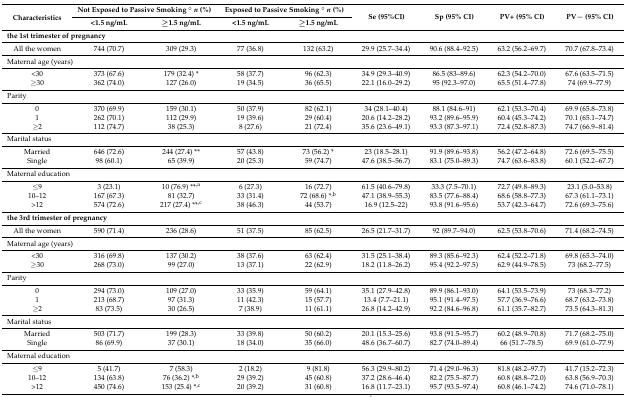
<table><thead><tr><td rowspan="2"><b>Characteristics</b></td><td colspan="2"><b>Not Exposed to Passive Smoking ° <i>n</i> (%)</b></td><td colspan="2"><b>Exposed to Passive Smoking ° <i>n</i> (%)</b></td><td rowspan="2"><b>Se (95%CI)</b></td><td rowspan="2"><b>Sp (95% CI)</b></td><td rowspan="2"><b>PV+ (95% CI)</b></td><td rowspan="2"><b>PV− (95% CI)</b></td></tr><tr><td><b>&lt;1.5 ng/mL</b></td><td><b>≥1.5 ng/mL</b></td><td><b>&lt;1.5 ng/mL</b></td><td><b>≥1.5 ng/mL</b></td></tr></thead><tbody><tr><td colspan="9"><b>the 1st trimester of pregnancy</b></td></tr><tr><td>All the women</td><td>744 (70.7)</td><td>309 (29.3)</td><td>77 (36.8)</td><td>132 (63.2)</td><td>29.9 (25.7–34.4)</td><td>90.6 (88.4–92.5)</td><td>63.2 (56.2–69.7)</td><td>70.7 (67.8–73.4)</td></tr><tr><td colspan="9">Maternal age (years)</td></tr><tr><td>&lt;30</td><td>373 (67.6)</td><td>179 (32.4) *</td><td>58 (37.7)</td><td>96 (62.3)</td><td>34.9 (29.3–40.9)</td><td>86.5 (83–89.6)</td><td>62.3 (54.2–70.0)</td><td>67.6 (63.5–71.5)</td></tr><tr><td>≥30</td><td>362 (74.0)</td><td>127 (26.0)</td><td>19 (34.5)</td><td>36 (65.5)</td><td>22.1 (16.0–29.2)</td><td>95 (92.3–97.0)</td><td>65.5 (51.4–77.8)</td><td>74 (69.9–77.9)</td></tr><tr><td colspan="9">Parity</td></tr><tr><td>0</td><td>370 (69.9)</td><td>159 (30.1)</td><td>50 (37.9)</td><td>82 (62.1)</td><td>34 (28.1–40.4)</td><td>88.1 (84.6–91)</td><td>62.1 (53.3–70.4)</td><td>69.9 (65.8–73.8)</td></tr><tr><td>1</td><td>262 (70.1)</td><td>112 (29.9)</td><td>19 (39.6)</td><td>29 (60.4)</td><td>20.6 (14.2–28.2)</td><td>93.2 (89.6–95.9)</td><td>60.4 (45.3–74.2)</td><td>70.1 (65.1–74.7)</td></tr><tr><td>≥2</td><td>112 (74.7)</td><td>38 (25.3)</td><td>8 (27.6)</td><td>21 (72.4)</td><td>35.6 (23.6–49.1)</td><td>93.3 (87.3–97.1)</td><td>72.4 (52.8–87.3)</td><td>74.7 (66.9–81.4)</td></tr><tr><td colspan="9">Marital status</td></tr><tr><td>Married</td><td>646 (72.6)</td><td>244 (27.4) **</td><td>57 (43.8)</td><td>73 (56.2) *</td><td>23 (18.5–28.1)</td><td>91.9 (89.6–93.8)</td><td>56.2 (47.2–64.8)</td><td>72.6 (69.5–75.5)</td></tr><tr><td>Single</td><td>98 (60.1)</td><td>65 (39.9)</td><td>20 (25.3)</td><td>59 (74.7)</td><td>47.6 (38.5–56.7)</td><td>83.1 (75.0–89.3)</td><td>74.7 (63.6–83.8)</td><td>60.1 (52.2–67.7)</td></tr><tr><td colspan="9">Maternal education</td></tr><tr><td>≤9</td><td>3 (23.1)</td><td>10 (76.9) **<sup>,a</sup></td><td>6 (27.3)</td><td>16 (72.7)</td><td>61.5 (40.6–79.8)</td><td>33.3 (7.5–70.1)</td><td>72.7 (49.8–89.3)</td><td>23.1 (5.0–53.8)</td></tr><tr><td>10–12</td><td>167 (67.3)</td><td>81 (32.7)</td><td>33 (31.4)</td><td>72 (68.6) *<sup>,b</sup></td><td>47.1 (38.9–55.3)</td><td>83.5 (77.6–88.4)</td><td>68.6 (58.8–77.3)</td><td>67.3 (61.1–73.1)</td></tr><tr><td>&gt;12</td><td>574 (72.6)</td><td>217 (27.4) **<sup>,c</sup></td><td>38 (46.3)</td><td>44 (53.7)</td><td>16.9 (12.5–22)</td><td>93.8 (91.6–95.6)</td><td>53.7 (42.3–64.7)</td><td>72.6 (69.3–75.6)</td></tr><tr><td colspan="9"><b>the 3rd trimester of pregnancy</b></td></tr><tr><td>All the women</td><td>590 (71.4)</td><td>236 (28.6)</td><td>51 (37.5)</td><td>85 (62.5)</td><td>26.5 (21.7–31.7)</td><td>92 (89.7–94.0)</td><td>62.5 (53.8–70.6)</td><td>71.4 (68.2–74.5)</td></tr><tr><td colspan="9">Maternal age (years)</td></tr><tr><td>&lt;30</td><td>316 (69.8)</td><td>137 (30.2)</td><td>38 (37.6)</td><td>63 (62.4)</td><td>31.5 (25.1–38.4)</td><td>89.3 (85.6–92.3)</td><td>62.4 (52.2–71.8)</td><td>69.8 (65.3–74.0)</td></tr><tr><td>≥30</td><td>268 (73.0)</td><td>99 (27.0)</td><td>13 (37.1)</td><td>22 (62.9)</td><td>18.2 (11.8–26.2)</td><td>95.4 (92.2–97.5)</td><td>62.9 (44.9–78.5)</td><td>73 (68.2–77.5)</td></tr><tr><td colspan="9">Parity</td></tr><tr><td>0</td><td>294 (73.0)</td><td>109 (27.0)</td><td>33 (35.9)</td><td>59 (64.1)</td><td>35.1 (27.9–42.8)</td><td>89.9 (86.1–93.0)</td><td>64.1 (53.5–73.9)</td><td>73 (68.3–77.2)</td></tr><tr><td>1</td><td>213 (68.7)</td><td>97 (31.3)</td><td>11 (42.3)</td><td>15 (57.7)</td><td>13.4 (7.7–21.1)</td><td>95.1 (91.4–97.5)</td><td>57.7 (36.9–76.6)</td><td>68.7 (63.2–73.8)</td></tr><tr><td>≥2</td><td>83 (73.5)</td><td>30 (26.5)</td><td>7 (38.9)</td><td>11 (61.1)</td><td>26.8 (14.2–42.9)</td><td>92.2 (84.6–96.8)</td><td>61.1 (35.7–82.7)</td><td>73.5 (64.3–81.3)</td></tr><tr><td colspan="9">Marital status</td></tr><tr><td>Married</td><td>503 (71.7)</td><td>199 (28.3)</td><td>33 (39.8)</td><td>50 (60.2)</td><td>20.1 (15.3–25.6)</td><td>93.8 (91.5–95.7)</td><td>60.2 (48.9–70.8)</td><td>71.7 (68.2–75.0)</td></tr><tr><td>Single</td><td>86 (69.9)</td><td>37 (30.1)</td><td>18 (34.0)</td><td>35 (66.0)</td><td>48.6 (36.7–60.7)</td><td>82.7 (74.0–89.4)</td><td>66 (51.7–78.5)</td><td>69.9 (61.0–77.9)</td></tr><tr><td colspan="9">Maternal education</td></tr><tr><td>≤9</td><td>5 (41.7)</td><td>7 (58.3)</td><td>2 (18.2)</td><td>9 (81.8)</td><td>56.3 (29.9–80.2)</td><td>71.4 (29.0–96.3)</td><td>81.8 (48.2–97.7)</td><td>41.7 (15.2–72.3)</td></tr><tr><td>10–12</td><td>134 (63.8)</td><td>76 (36.2) *<sup>,b</sup></td><td>29 (39.2)</td><td>45 (60.8)</td><td>37.2 (28.6–46.4)</td><td>82.2 (75.5–87.7)</td><td>60.8 (48.8–72.0)</td><td>63.8 (56.9–70.3)</td></tr><tr><td>&gt;12</td><td>450 (74.6)</td><td>153 (25.4) *<sup>,c</sup></td><td>20 (39.2)</td><td>31 (60.8)</td><td>16.8 (11.7–23.1)</td><td>95.7 (93.5–97.4)</td><td>60.8 (46.1–74.2)</td><td>74.6 (71.0–78.1)</td></tr></tbody></table>